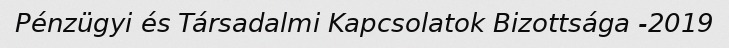
Pénzügyi és Társadalmi Kapcsolatok Bizottsága -2019